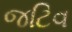
જટિવ